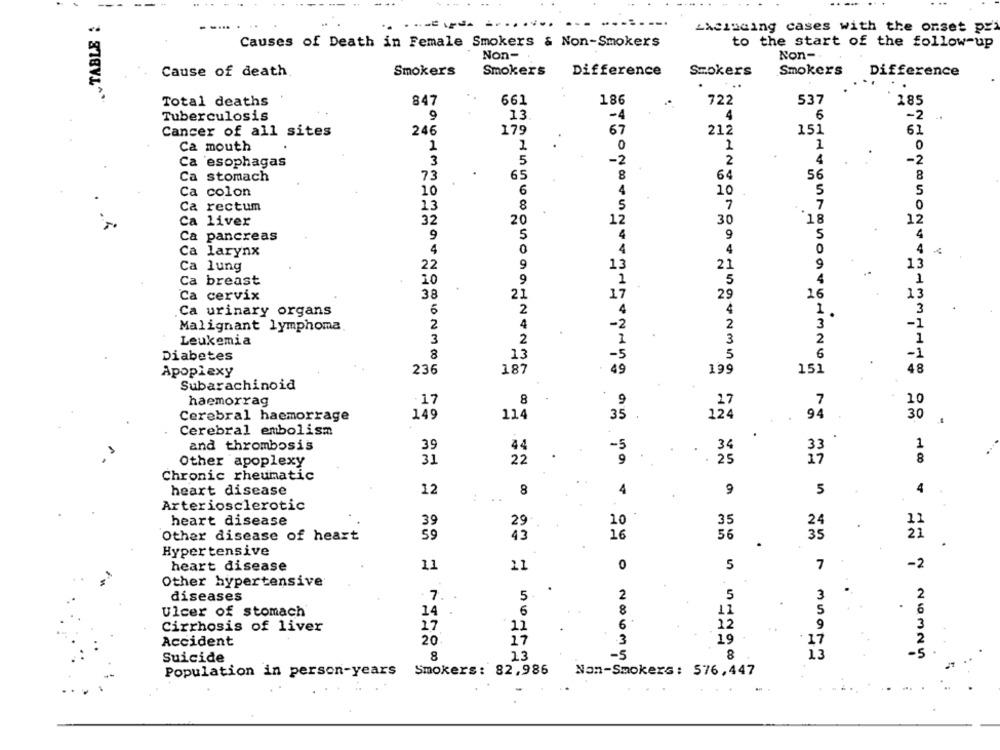
.TABLE :
LAcinaing cases with the onset pr
Causes of Death in Female Smokers & Non-Smokers
to the start of the follow-up
Non-
Non-
Cause of death
Smokers
Smokers
Difference
Szokers
Smokers
Difference
..
Total deaths
847
661
186
722
537
185
Tuberculosis
9
13
-4
4
6
-2
Cancer of all sites
246
179
67
212
151
61
Ca mouth
1
1
0
1
1
0
Ca 'esophagas
3
5
-2
2
4
-2
Ca stomach
73
65
8
64
56
8
Ca colon
10
6
4
10
5
Ca rectum
13
8
5
7
7
0
Ca liver
32
20
12
30
`18
12
Ca pancreas
9
5
9
5
4
4
Ca larynx
4
0
4
0
4
Ca lung
22
9
13
21
9
13
Ca breast
10
9
1
5
4
1
Ca cervix
38
21
17
29
26
13
Ca urinary organs
6
2
4
1.
3
Malignant lymphoma
2
4
-2
2
3
-1
Leukemia
3
2
1
3
2
1
Diabetes
8
13
-5
5
6
-1
Apoplexy
236
187
49
199
151
48
Subarachinoid
haemorrag
·17
8
9
17
7
10
Cerebral haemorrage
149
114
35
124
94
30
Cerebral embolism
and thrombosis
39
44
-5
34
1
Other apoplexy
31
22
9
25
MA
8
Chronic rheumatic
heart disease
12
8
4
9
5
4
Arteriosclerotic
heart disease
39
29-
10
35
24
Other disease of heart
59
43
16
56
35
21
Hypertensive
heart disease
11
11
0
5
7
-2
Other hypertensive
.
diseases
7.
5.
2
5
3
Ulcer of stomach
14 .
6
8
11
S
6
9
Cirrhosis of liver
17
12
12
Accident
20
17
.3
19
Suicide
8
13
-5
8
13
Nommen
Population in person-years Smokers: 82,986
Non-Smokers: 576,447